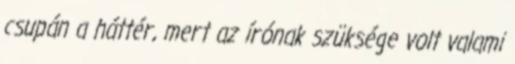
csupán a háttér, mert az írónak szüksége volt valami